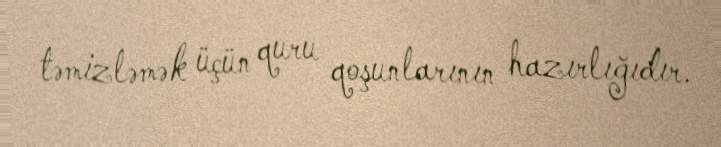
təmizləmək üçün quru qoşunlarının hazırlığıdır.